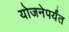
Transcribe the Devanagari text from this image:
योजनेपर्यंत